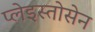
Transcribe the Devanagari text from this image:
प्लेइस्तोसेन